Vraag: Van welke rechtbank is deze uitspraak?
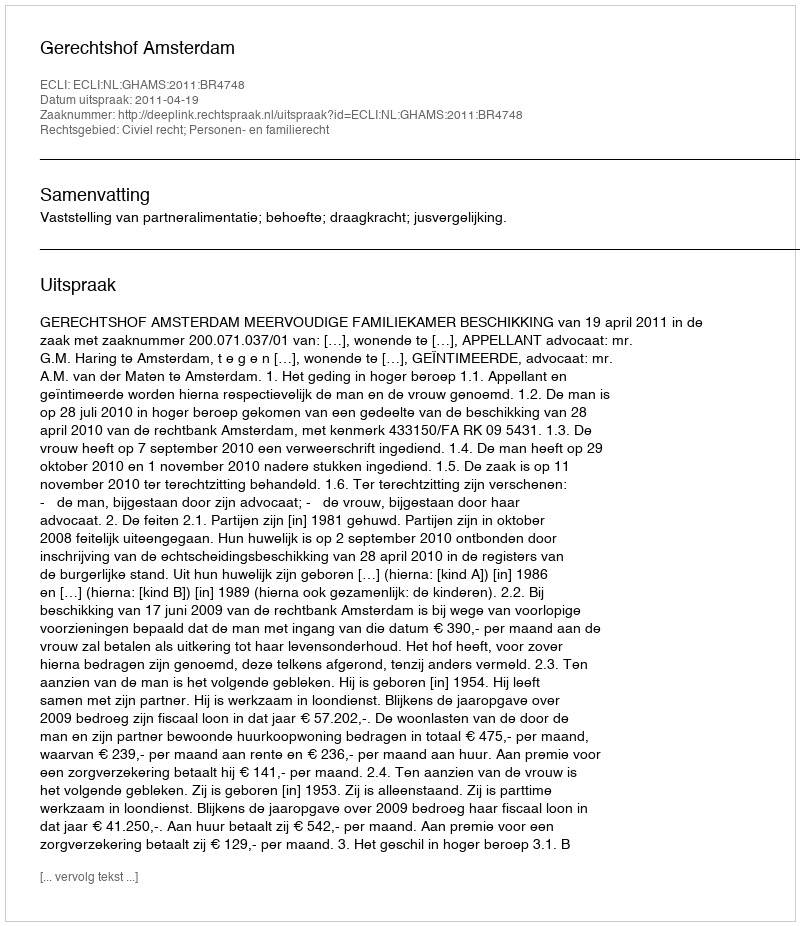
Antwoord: Gerechtshof Amsterdam